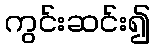
ကွင်းဆင်း၍